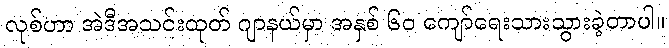
လုစ်ဟာ အဲဒီအသင်းထုတ် ဂျာနယ်မှာ အနှစ် ၆၀ ကျော်ရေးသားသွားခဲ့တာပါ။